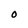
Character: O